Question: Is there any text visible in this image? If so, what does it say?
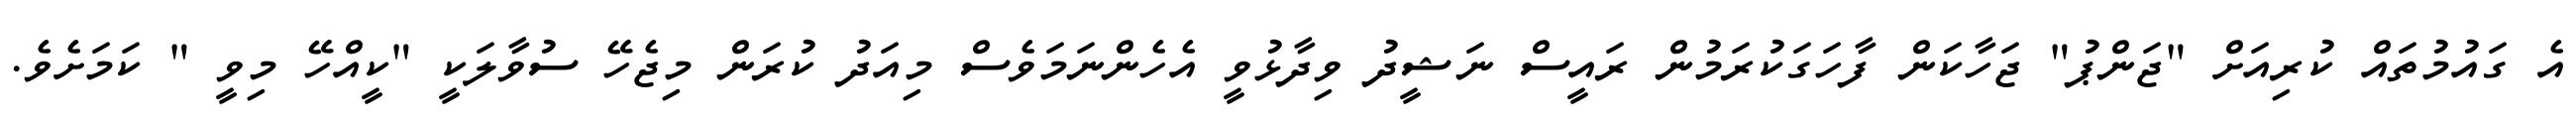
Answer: އެ ގައުމުތައް ކުރިއަށް "ޖަންޕު" ޖަހާކަން ފާހަގަކުރަމުން ރައީސް ނަޝީދު ވިދާޅުވީ އެހެންނަމަވެސް މިއަދު ކުރަން މިޖެހޭ ސުވާލަކީ "ކީއްހޭ މިވީ " ކަމަށެވެ.